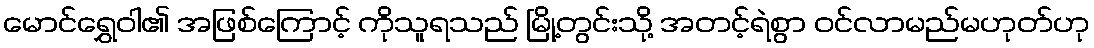
မောင်ရွှေဝါ၏ အဖြစ်ကြောင့် ကိုသူရသည် မြို့တွင်းသို့ အတင့်ရဲစွာ ဝင်လာမည်မဟုတ်ဟု